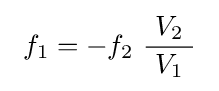
\ f_{1}=-f_{2}\ {\frac {\ V_{2}\ }{V_{1}}}\